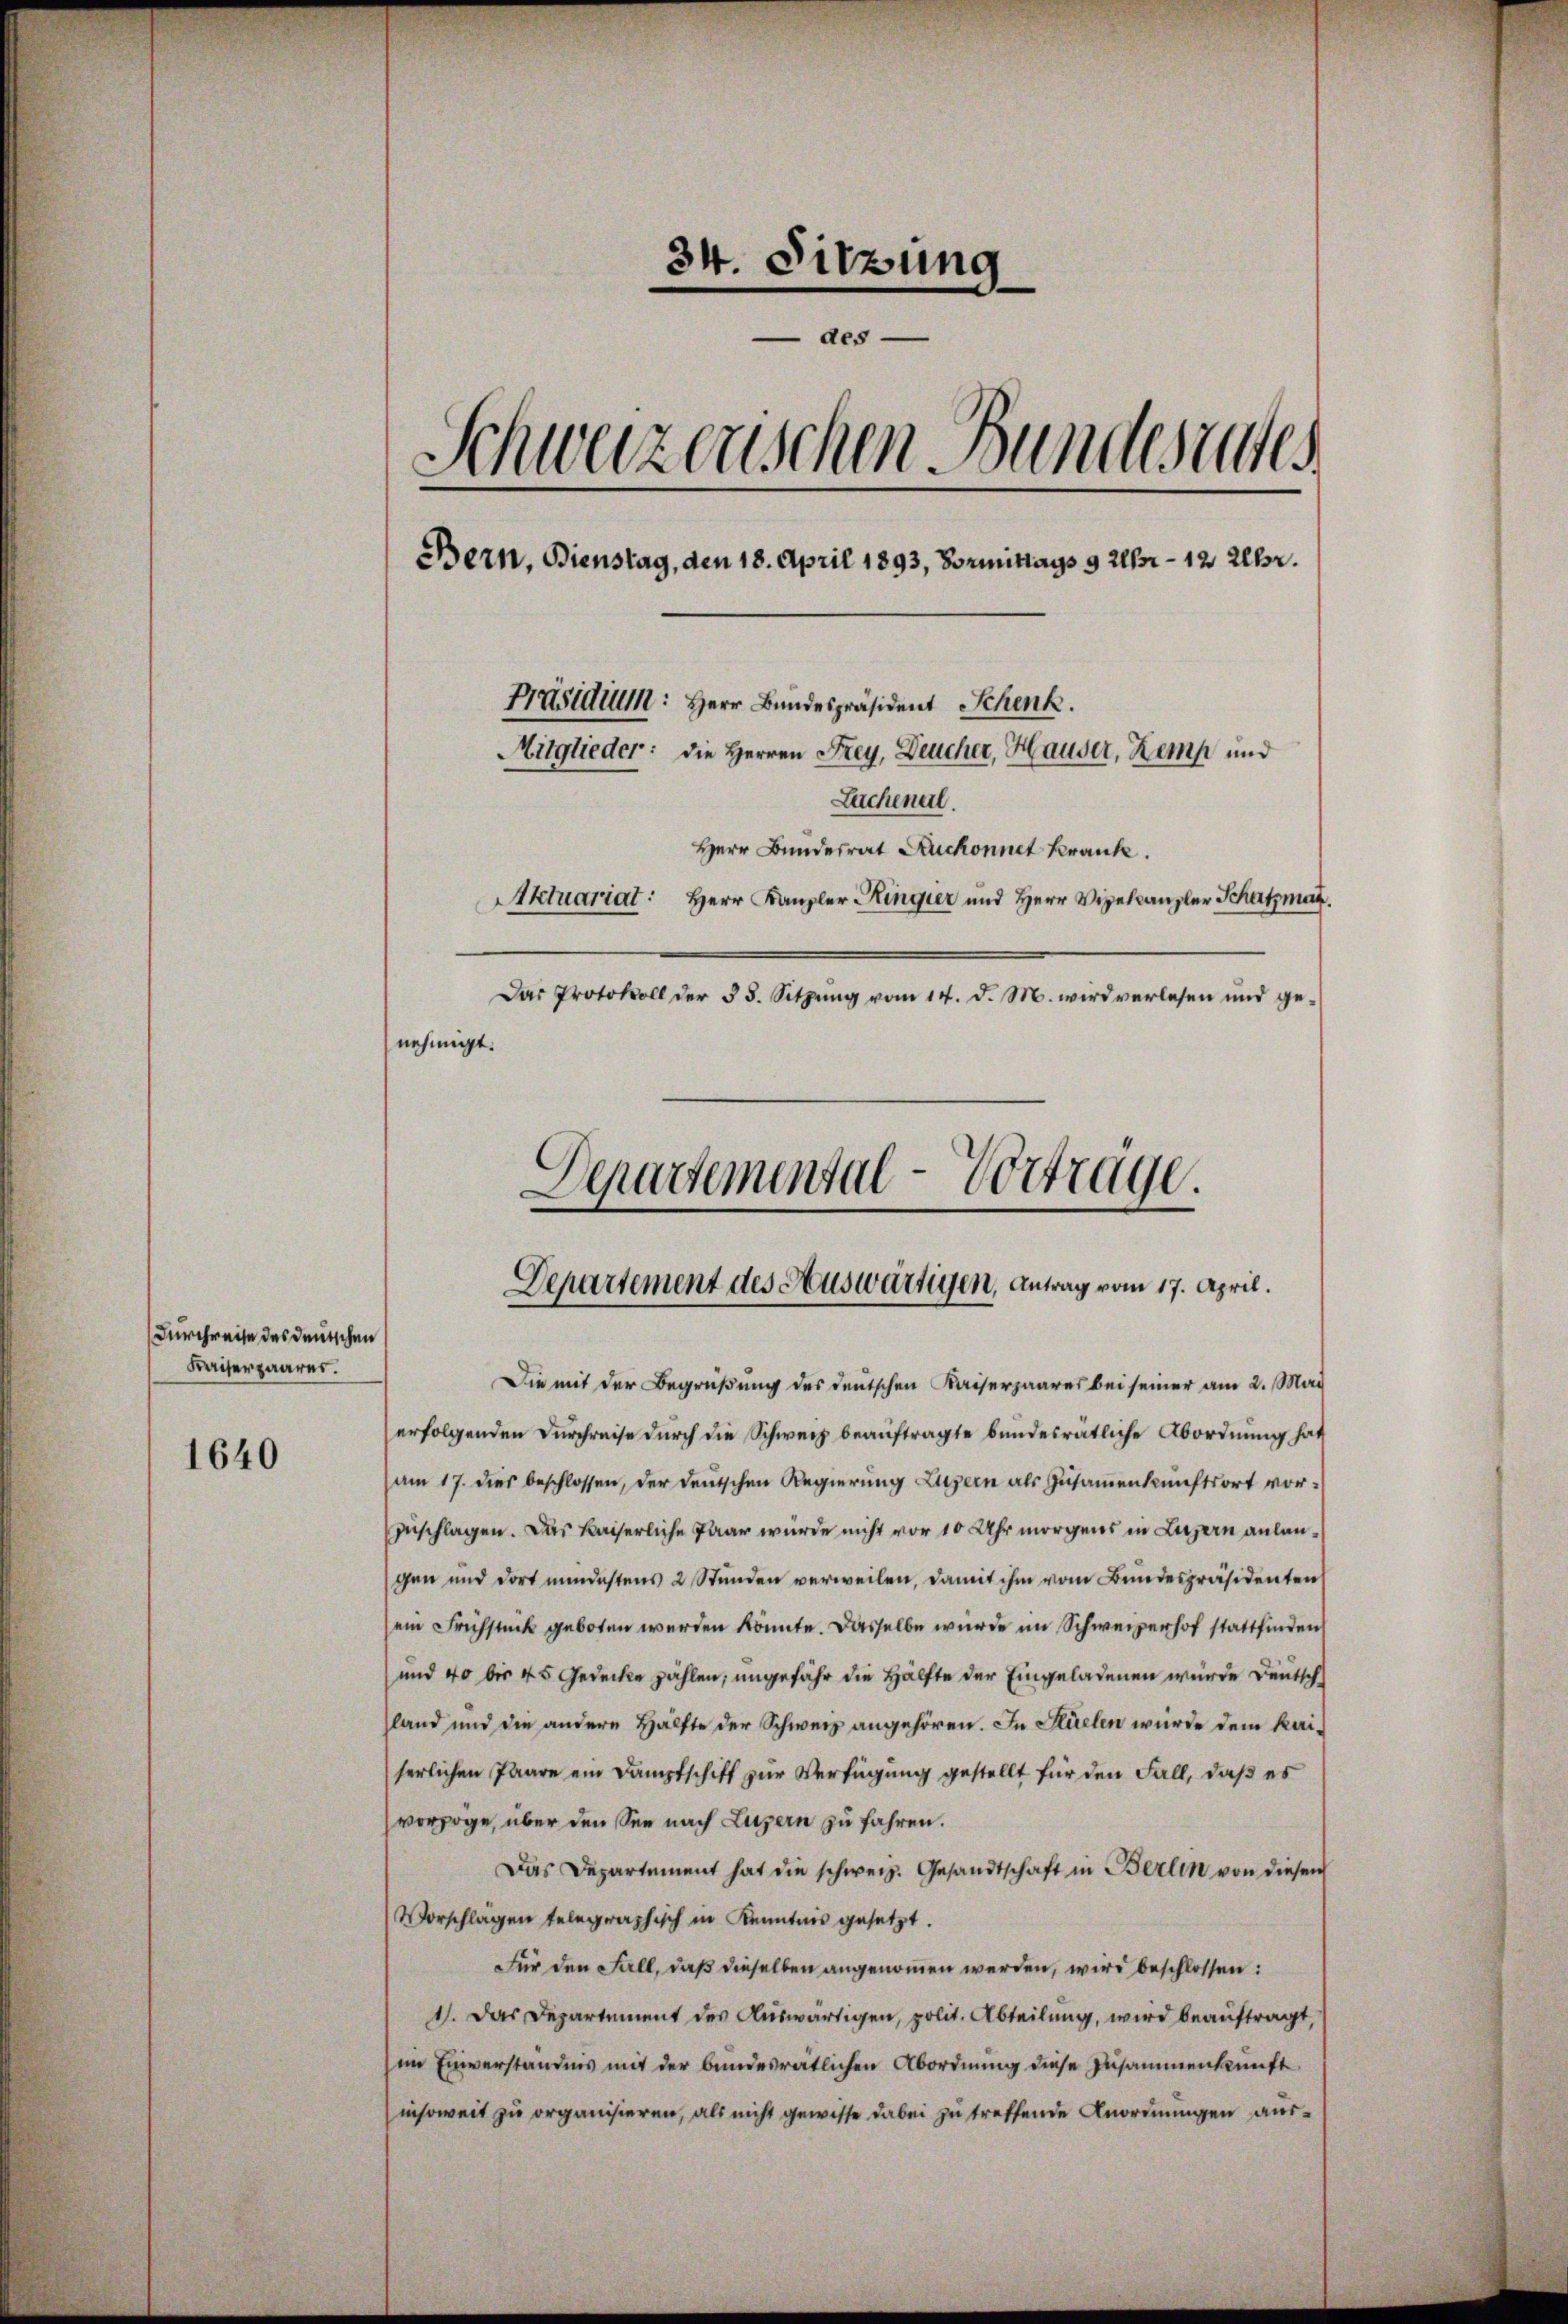
Durchreise des deutschen
Kaiserpaarer.

1640

¬
34. Sitzung
des
Schweizerischen Bundesachen
Bern, Bienstag, den 18. April 1893, Vormittags 9 Uhr - 12 Uhr.
Präsidium: Herr Bundespräsident Schenk.
Mitglieder: die Herren Frey, Deucher, Hauser, Kemp und
Lachenal.
Herr Bundesrat Ruchonnet krank.
Aktuariat: Herr Kanzler Ringier und Herr Vizelcanzler Schatzmat.
Das Protokoll der 35. Sitzŭng vom 14. d. M. wird verlesen und ge-
nehmigt.

Die mit der Begrüßung des deutschen Kaiserpaares bei seiner am 2. Mai
erfolgenden Durchreise durch die Schweiz beauftragte bundesrätliche Abordnung hat
am 17. dies beschlossen, der deutschen Regierung Luzern als Zusammenkunftsort vorzuschlagen. Das kaiserliche Paar wurde nicht vor 10 Uhr morgens in Luzern anlangen und dort mindestens 2 Stunden verweilen, damit ihm vom Bundespräsidenten
ein Frühstück geboten werden könnte. Dasselbe wurde im Schweizerhof stattfinden
und 40 bis 45 Gedecke zählen, ungefähr die Hälfte der Eingeladenen wurde Deutsch
land und die andere Hälfte der Schweiz angehören. In Küelen wurde dem kaiserlichen Paare ein Dampfschift zur Verfügung gestellt für den Fall, daß es
vorzoge, über den See nach Luzern zu fahren.
Das Departement hat die schweiz. Gesandtschaft in Berlin von diesen
Vorschlagen telegraphisch in Kenntnis gesetzt.
Für den Fall, daß dieselben angenommen werden, wird beschlossen:
1). Das Departement des Auswärtigen, polit. Abteilung, wird beauftragt,
im Einverständnis mit der bundesrätlichen Abordnung diese Zusammenkunft
insoweit zu organisieren, als nicht gewisse dabei zu treffende Anordnungen aus¬

Departemental-Vorträge.
Departement des Auswärtigen, Antrag vom 17. April.